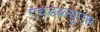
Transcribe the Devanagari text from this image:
एचडब्ल्यूएच